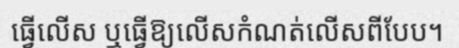
ធ្វើលើស ឬធ្វើឱ្យលើសកំណត់លើសពីបែប។